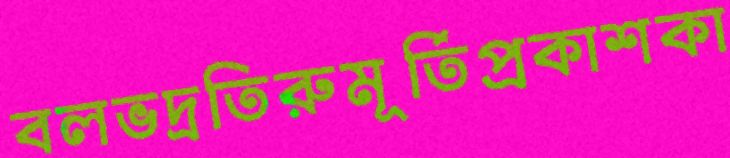
বলভদ্রতিরুমূর্তিপ্রকাশকা